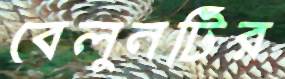
বেলুনটির